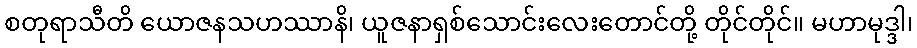
စတုရာသီတိ ယောဇနသဟဿာနိ၊ ယူဇနာရှစ်သောင်းလေးတောင်တို့ တိုင်တိုင်။ မဟာမုဒ္ဒါ၊